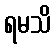
ရမသိ